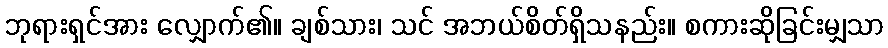
ဘုရားရှင်အား လျှောက်၏။ ချစ်သား၊ သင် အဘယ်စိတ်ရှိသနည်း။ စကားဆိုခြင်းမျှသာ